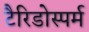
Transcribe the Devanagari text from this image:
टैरिडोस्पर्म